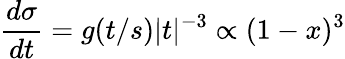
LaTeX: {\frac{d\sigma}{dt}}=g(t/s)|t|^{-3}\propto(1-x)^{3}